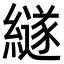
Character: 繸